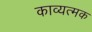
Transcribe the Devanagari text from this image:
काव्यत्मक